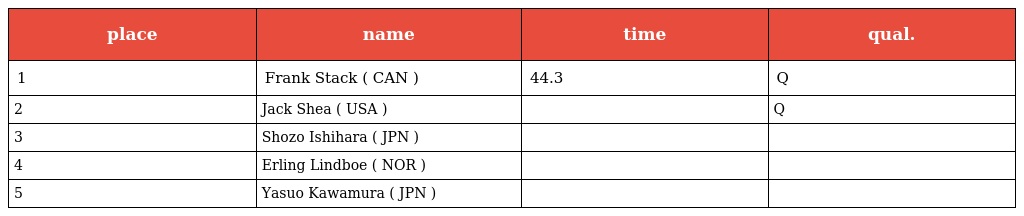
| place | name | time | qual. |
 | --- | --- | --- | --- |
 | 1 | Frank Stack ( CAN ) | 44.3 | Q |
 | 2 | Jack Shea ( USA ) |  | Q |
 | 3 | Shozo Ishihara ( JPN ) |  |  |
 | 4 | Erling Lindboe ( NOR ) |  |  |
 | 5 | Yasuo Kawamura ( JPN ) |  |  |